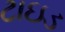
ટાઇડ